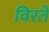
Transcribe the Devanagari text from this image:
विरते